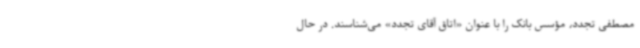
مصطفی تجدد، مؤسس بانک را با عنوان «اتاق آقای تجدد» می‌شناسند. در حال